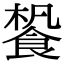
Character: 𩛳